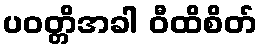
ပဝတ္တိအခါ ဝီထိစိတ်